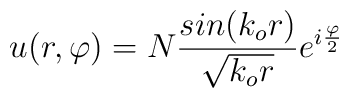
u(r,\varphi)=N\frac{sin(k_{o}r)}{\sqrt{k_{o}r}}e^{i\frac{\varphi}{2}}